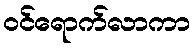
ဝင်ရောက်လာကာ